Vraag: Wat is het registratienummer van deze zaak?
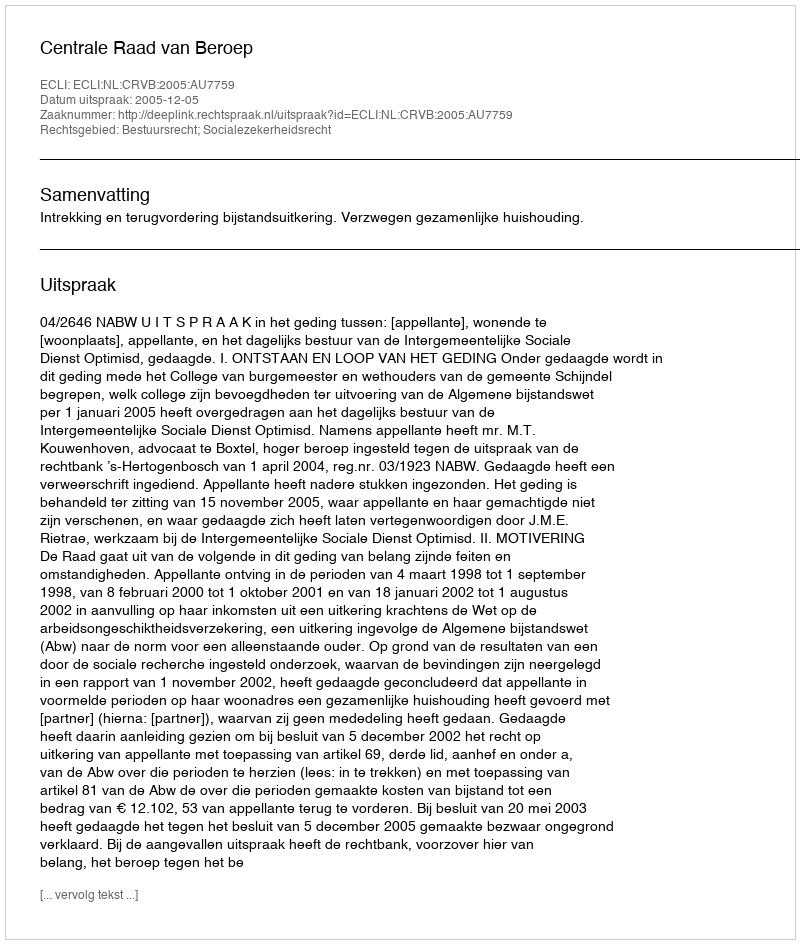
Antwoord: http://deeplink.rechtspraak.nl/uitspraak?id=ECLI:NL:CRVB:2005:AU7759